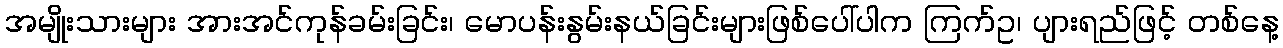
အမျိုးသားများ အားအင်ကုန်ခမ်းခြင်း၊ မောပန်းနွမ်းနယ်ခြင်းများဖြစ်ပေါ်ပါက ကြက်ဥ၊ ပျားရည်ဖြင့် တစ်နေ့